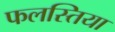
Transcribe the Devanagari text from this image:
फलस्तिया